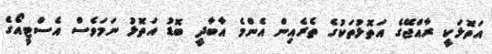
އަތޮޅަކީ ރާއްޖޭގެ އަތޮޅުތަކުގެ ތެރެއިން އެންމެ އާބާދީ ބޮޑު އަތޮޅު ނަމަވެސް އެސްޓީއޯގެ